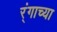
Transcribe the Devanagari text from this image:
र्ंगाच्या